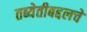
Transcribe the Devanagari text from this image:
तब्येतीबद्दलचे